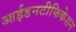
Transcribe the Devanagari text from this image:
आईडनटीफिकेशन